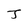
Character: J